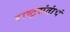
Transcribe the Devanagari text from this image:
राष्ट्रसंतांचं